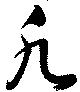
凡